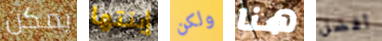
يمكن إبنتها ولكن هنا أفضل